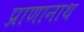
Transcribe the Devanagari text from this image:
प्राणानाथ